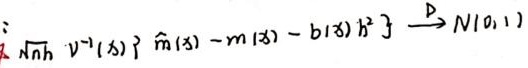
$\left.\sqrt{n h} v^{-1}(\lambda)\{\hat{m}(\lambda)-m(\lambda)-b(\lambda) h^{2}\}\right\} \stackrel{\mathrm{p}}{\longrightarrow} N(0,1)$